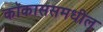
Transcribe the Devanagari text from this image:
कॉकाससमधील